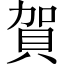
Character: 賀